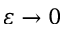
\varepsilon \to 0